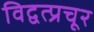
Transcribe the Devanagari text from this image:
विद्वत्प्रचूर